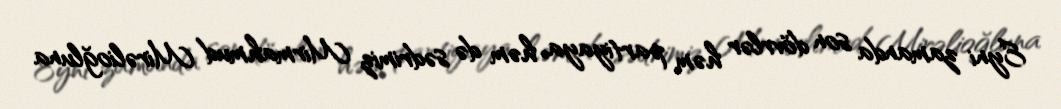
Eyni zamanda son dövrlər həm partiyaya, həm də sədrimiz Mirmahmud Mirəlioğluna